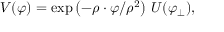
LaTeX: V ( \varphi ) = \exp \left( - \rho \cdot \varphi / \rho ^ { 2 } \right) \, U ( \varphi _ { \perp } ) ,